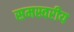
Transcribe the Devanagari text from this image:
समस्वरीय